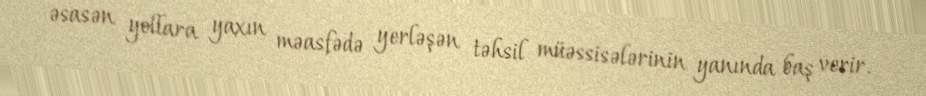
əsasən yollara yaxın məasfədə yerləşən təhsil müəssisələrinin yanında baş verir.